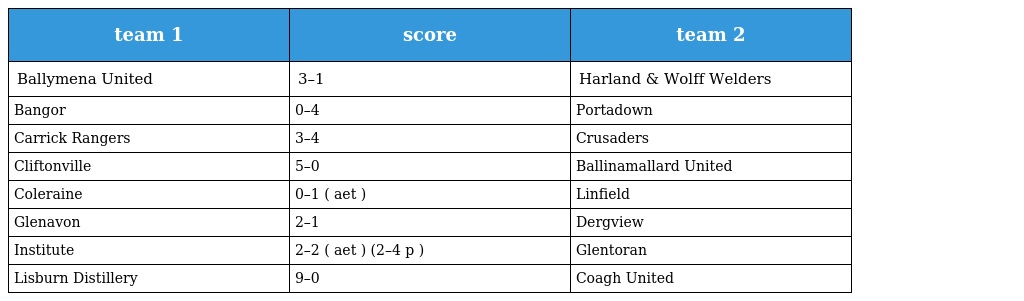
| team 1 | score | team 2 |
 | --- | --- | --- |
 | Ballymena United | 3–1 | Harland & Wolff Welders |
 | Bangor | 0–4 | Portadown |
 | Carrick Rangers | 3–4 | Crusaders |
 | Cliftonville | 5–0 | Ballinamallard United |
 | Coleraine | 0–1 ( aet ) | Linfield |
 | Glenavon | 2–1 | Dergview |
 | Institute | 2–2 ( aet ) (2–4 p ) | Glentoran |
 | Lisburn Distillery | 9–0 | Coagh United |